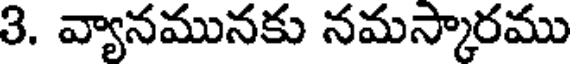
3. వ్యానమునకు నమస్కారము